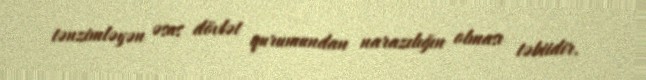
tənzimləyən əsas dövlət qurumundan narazılığın olması təbiidir.